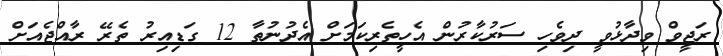
ރަޖީވް ވިދާޅުވީ ދިވެހި ސަރުކާރުން އެހީތެރިކަަމަށް އެދުނުތާ 12 ގަޑިއިރު ތެރޭ ރާއްޖެއަށް